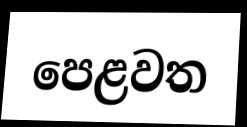
පෙළවත